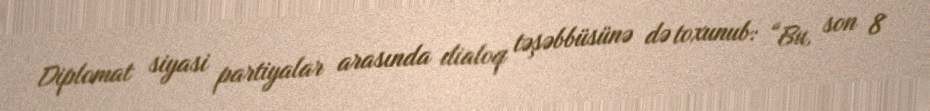
Diplomat siyasi partiyalar arasında dialoq təşəbbüsünə də toxunub: “Bu, son 8